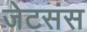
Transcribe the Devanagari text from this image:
जेटसंस